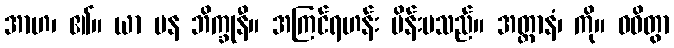
အာဟ၊ ၏။ ယာ ပန ဘိက္ခုနီ။ အကြင်ရဟန်း မိန်းမသည်။ အတ္တာနံ၊ ကို။ ဝဓိတွာ